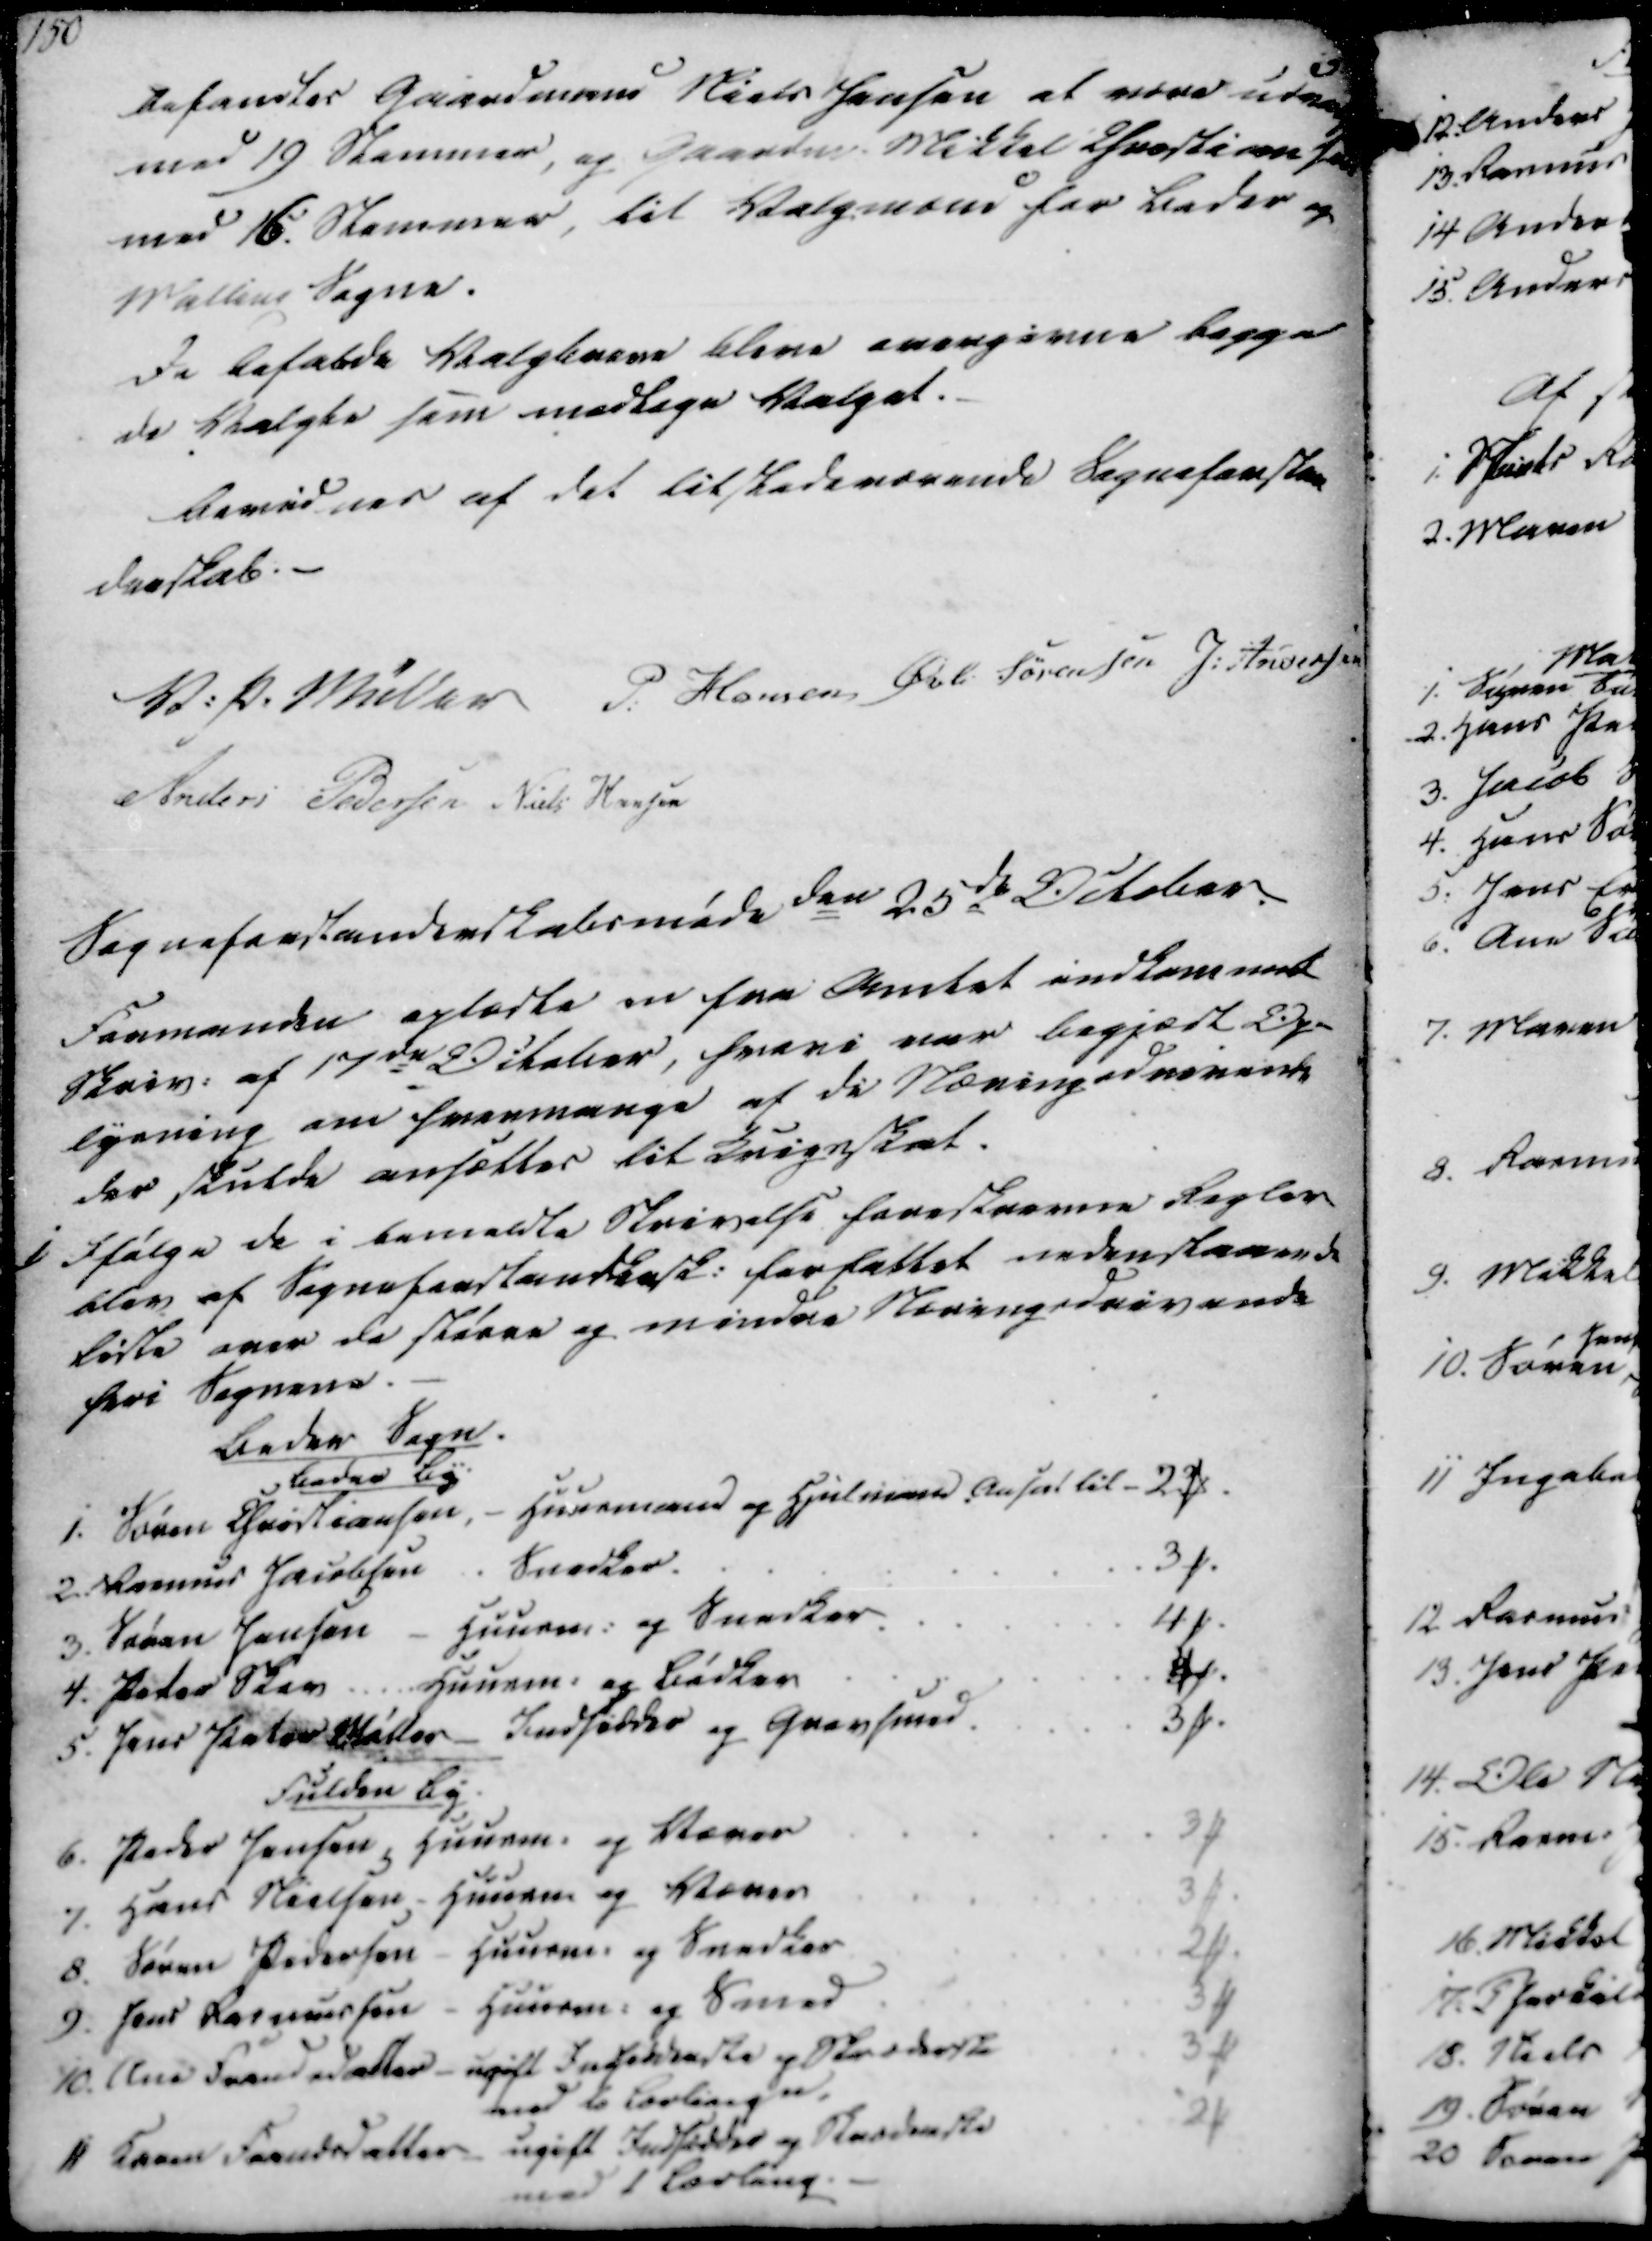
Transskription:
befandtes Gaardmand Niels Jensen at være udvalgt
med 19 Stemmer, og Gaardm. Mikkel Christiansen
med 16 Stemmer, til Valgmænd for Beder og
Malling Sogne.
De befalde Valgbreve blive overgivne begge
de Valgte som modtage Valget.
Bevidnes af det tilstedeværende Sogneforstan
derskab.

V. P. Müller
P. Hansen
Øvli Sørensen
J. Andersen
Anders Pedersen
Niels Hansen

Sogneforstanderskabsmøde den 25de October.
Formanden oplæste en fra Amtet indkommet
Skriv. af 17de October, hvori var begjært Op-
lysning om hvormange af de Næringsdrivende
der skulde ansættes til Krigsskat.
i) Ifølge de i bemeldte Skrivelse foreskrevne Regler
blev af Sogneforstandersk. forfattet nedenstaaende
liste over de større og mindre Næringsdrivende
heri Sognene.

Beder Sogn.
Beder By
1. Søren Christiansen, - Huusmand og Hjulmand Ansat til 2 ₻
2 Rasmus Jacobsen . Snedker
3 ₻
3. Søren Jensen - Huusm. og Snedker
4 ₻
4. Peter Skov ... Huusm. og Bødker
4 ₻
5. Jens Peter Møller - Indsidder og Grovsmed.
3 ₻
Fulden By
6. Peder Jensen, Huusm. og Væver
3 ₻
7. Hans Nielsen - Huusm. og Væver
3 ₻
8. Søren Pedersen - Huusm. og Snedker
2 ₻
9. Jens Rasmussen - Huusm. og Smed
3 ₻
10. Ane Fransdatter - ugift Indsidderske og Skræderske
3 ₻
med to Lærlinge.
11 Karen Frandsdatter - ugift Indsidder og Skræderske
2 ₻
med 1 Lærling.